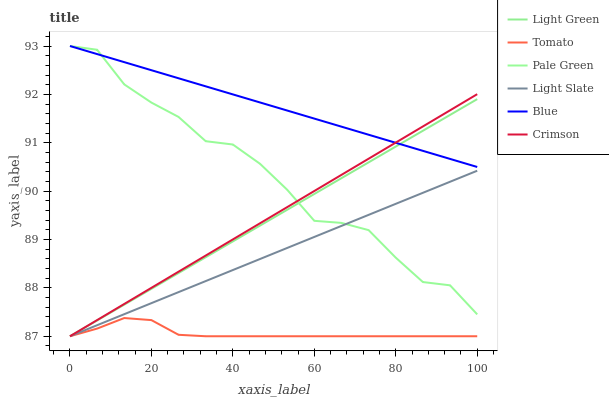
| xaxis_label | Light Green | Tomato | Pale Green | Light Slate | Blue | Crimson |
 | --- | --- | --- | --- | --- | --- | --- |
 | 0 | 87 | 87 | 93 | 87 | 93 | 87 |
 | 6.67 | 87.3 | 87.2 | 92.9 | 87.2 | 92.8 | 87.3 |
 | 13.3 | 87.7 | 87.4 | 92.2 | 87.5 | 92.7 | 87.7 |
 | 20 | 88 | 87.3 | 91.8 | 87.7 | 92.5 | 88 |
 | 26.7 | 88.3 | 87 | 91.5 | 87.9 | 92.3 | 88.3 |
 | 33.3 | 88.6 | 87 | 91 | 88.1 | 92.2 | 88.7 |
 | 40 | 89 | 87 | 91 | 88.4 | 92 | 89 |
 | 46.7 | 89.3 | 87 | 90.6 | 88.6 | 91.8 | 89.3 |
 | 53.3 | 89.6 | 87 | 90 | 88.8 | 91.7 | 89.7 |
 | 60 | 89.9 | 87 | 89.4 | 89.1 | 91.5 | 90 |
 | 66.7 | 90.3 | 87 | 89.3 | 89.3 | 91.3 | 90.3 |
 | 73.3 | 90.6 | 87 | 89.2 | 89.5 | 91.2 | 90.7 |
 | 80 | 90.9 | 87 | 88.6 | 89.7 | 91 | 91 |
 | 86.7 | 91.2 | 87 | 88.1 | 90 | 90.8 | 91.3 |
 | 93.3 | 91.6 | 87 | 88.1 | 90.2 | 90.7 | 91.7 |
 | 100 | 91.9 | 87 | 87.5 | 90.4 | 90.5 | 92 |